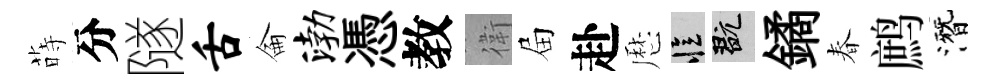
蒔分隧舌侖渤憑教衛屇赴厯忆玩鐍春鹧潛